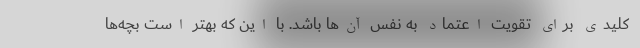
کلیدی برای تقویت اعتماد به نفس آن‌ها باشد. با این که بهتر است بچه‌ها